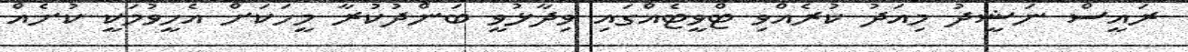
ރައީސް ނަޝީދު މިއަދު ކުރެއްވި ޓްވީޓެއްގައި ވިދާޅުވީ ބަންދުކުރާ މީހަކަށް އެހީވުމަކީ ކުށެއް